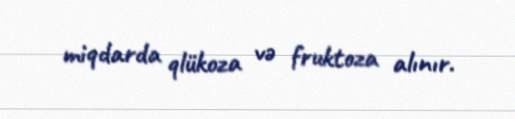
miqdarda qlükoza və fruktoza alınır.